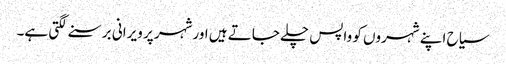
سیاح اپنے شہروں کو واپس چلے جاتے ہیں اورشہر پر ویرانی برسنے لگتی ہے۔